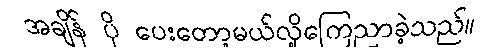
အချိန် ပို ပေးတော့မယ်လို့ကြေညာခဲ့သည်။